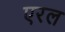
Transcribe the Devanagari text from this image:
एरल